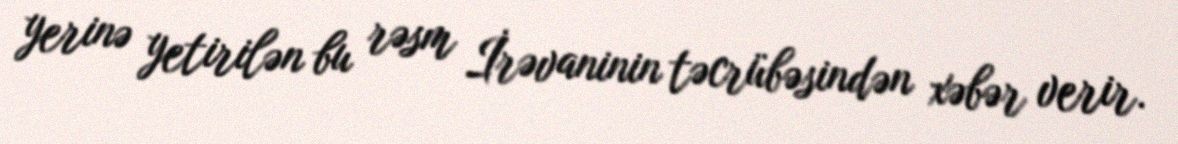
yerinə yetirilən bu rəsm İrəvaninin təcrübəsindən xəbər verir.